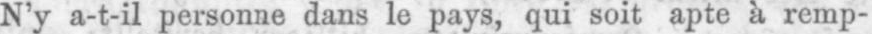
N’y a-t-il personne dans le pays, qui soit apte à remp-